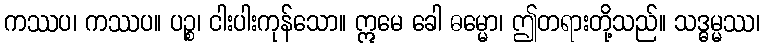
ကဿပ၊ ကဿပ။ ပဉ္စ၊ ငါးပါးကုန်သော။ ဣမေ ခေါ ဓမ္မော၊ ဤတရားတို့သည်။ သဒ္ဓမ္မဿ၊